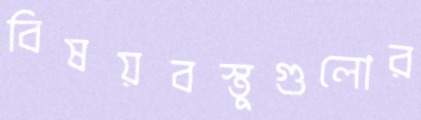
বিষয়বস্তুগুলোর